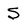
Character: S